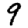
Digit: 9